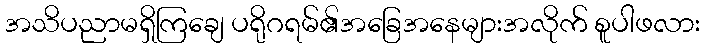
အသိပညာမရှိကြချေ ပရိုဂရမ်၏အခြေအနေများအလိုက် စူပါဖလား